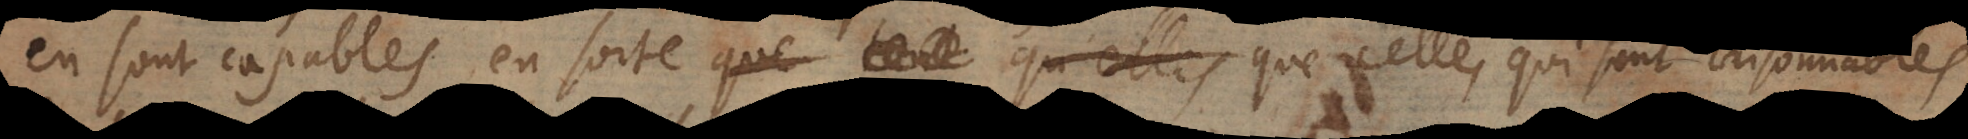
en sont capables, en sorte que tout qu’elles que celles, qui sont raisonnables